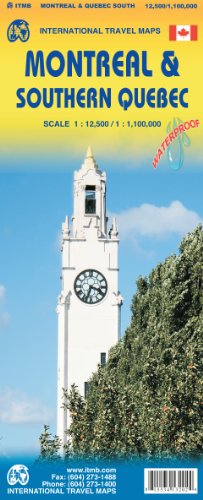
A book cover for Montreal & Southern Quebec Travel Reference Map; ITMB Publishing LTD; Travel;